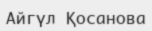
Айгүл Қосанова